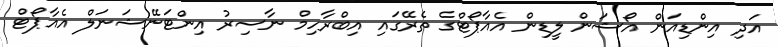
އަދި އިންޑިއަން އޯޝަން ލީޑިން އެއާޕޯޓްގެ ތެރޭގައި އިބްރާހިމް ނާސިރު އިންޓަނޭޝަނަލް އެއާޕޯޓް